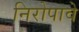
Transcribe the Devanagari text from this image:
निरोपावे